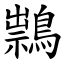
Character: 䳳